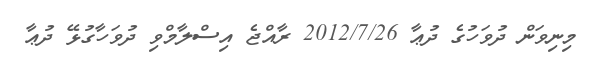
މިނިވަން ދުވަހުގެ ދުޢާ 2012/7/26 ރާއްޖެ އިސްލާމްވި ދުވަހާގުޅޭ ދުޢާ